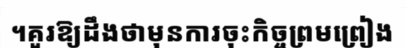
។គួរឱ្យដឹងថាមុនការចុះកិច្ចព្រមព្រៀង